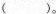
( )。